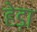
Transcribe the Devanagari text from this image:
हेड़ा